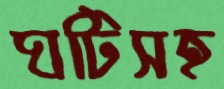
ঘটিসহ